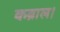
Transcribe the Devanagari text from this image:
कब्राल।